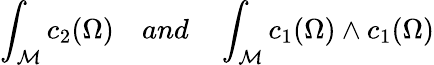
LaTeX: \int_{\mathcal{M}}c_{2}(\Omega)\ \ \ \ and\ \ \ \ \int_{{\mathcal M}}c_{1}(\Omega)\wedge c_{1}(\Omega)